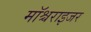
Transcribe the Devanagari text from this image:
मॉश्चराइजर